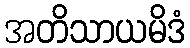
အတိသာယမိဒံ